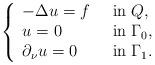
LaTeX: \begin{align*}\left\{\begin{array}{lll}-\Delta u = f \;\; &\mbox{in}\; Q, \\u =0 &\mbox{in}\; \Gamma_0 , \\\partial _\nu u=0 &\mbox{in}\; \Gamma_1 .\end{array}\right.\end{align*}